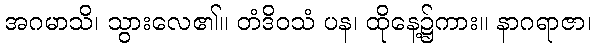
အဂမာသိ၊ သွားလေ၏။ တံဒိဝသံ ပန၊ ထိုနေ့၌ကား။ နာဂရာဇာ၊